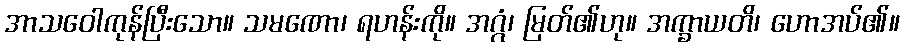
အာသဝေါကုန်ပြီးသော။ သမဏော၊ ရဟန်းကို။ အဂ္ဂံ၊ မြတ်၏ဟု။ အက္ခာယတိ၊ ဟောအပ်၏။